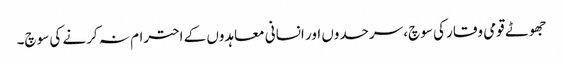
جھوٹے قومی وقار کی سوچ، سرحدوں اور انسانی معاہدوں کے احترام نہ کرنے کی سوچ۔